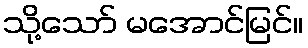
သို့သော် မအောင်မြင်။